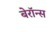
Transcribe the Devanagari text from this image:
बेरॉन्स